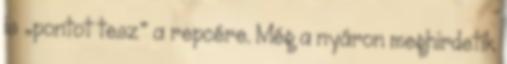
is „pontot tesz” a repcére. Még a nyáron meghirdetik